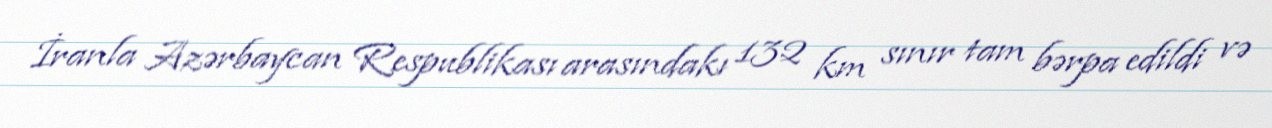
İranla Azərbaycan Respublikası arasındakı 132 km sınır tam bərpa edildi və